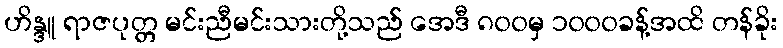
ဟိန္ဒူ ရာဇပုတ္တ မင်းညီမင်းသားတို့သည် အေဒီ ၈၀၀မှ ၁၀၀၀ခန့်အထိ တန်ခိုး